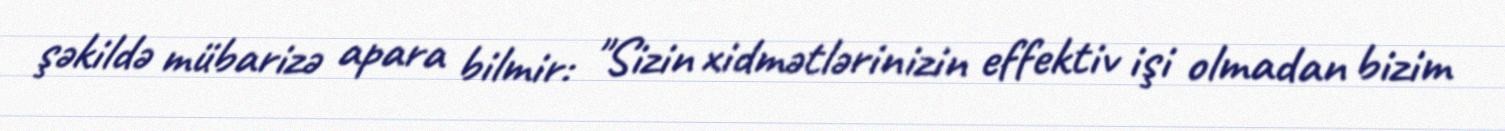
şəkildə mübarizə apara bilmir: "Sizin xidmətlərinizin effektiv işi olmadan bizim